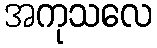
အကုသလေ